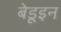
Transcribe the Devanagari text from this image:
बेडूइन